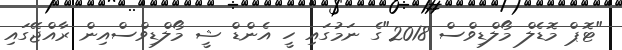
"ޓޮޕް މޮޑެލް މޯލްޑިވްސް 2018"ގެ ނަމުގައި ހީ އެންޑް ޝީ މޯލްޑިވްސްއިން ރާއްޖޭގައި